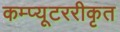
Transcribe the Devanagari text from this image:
कम्प्यूटररीकृत